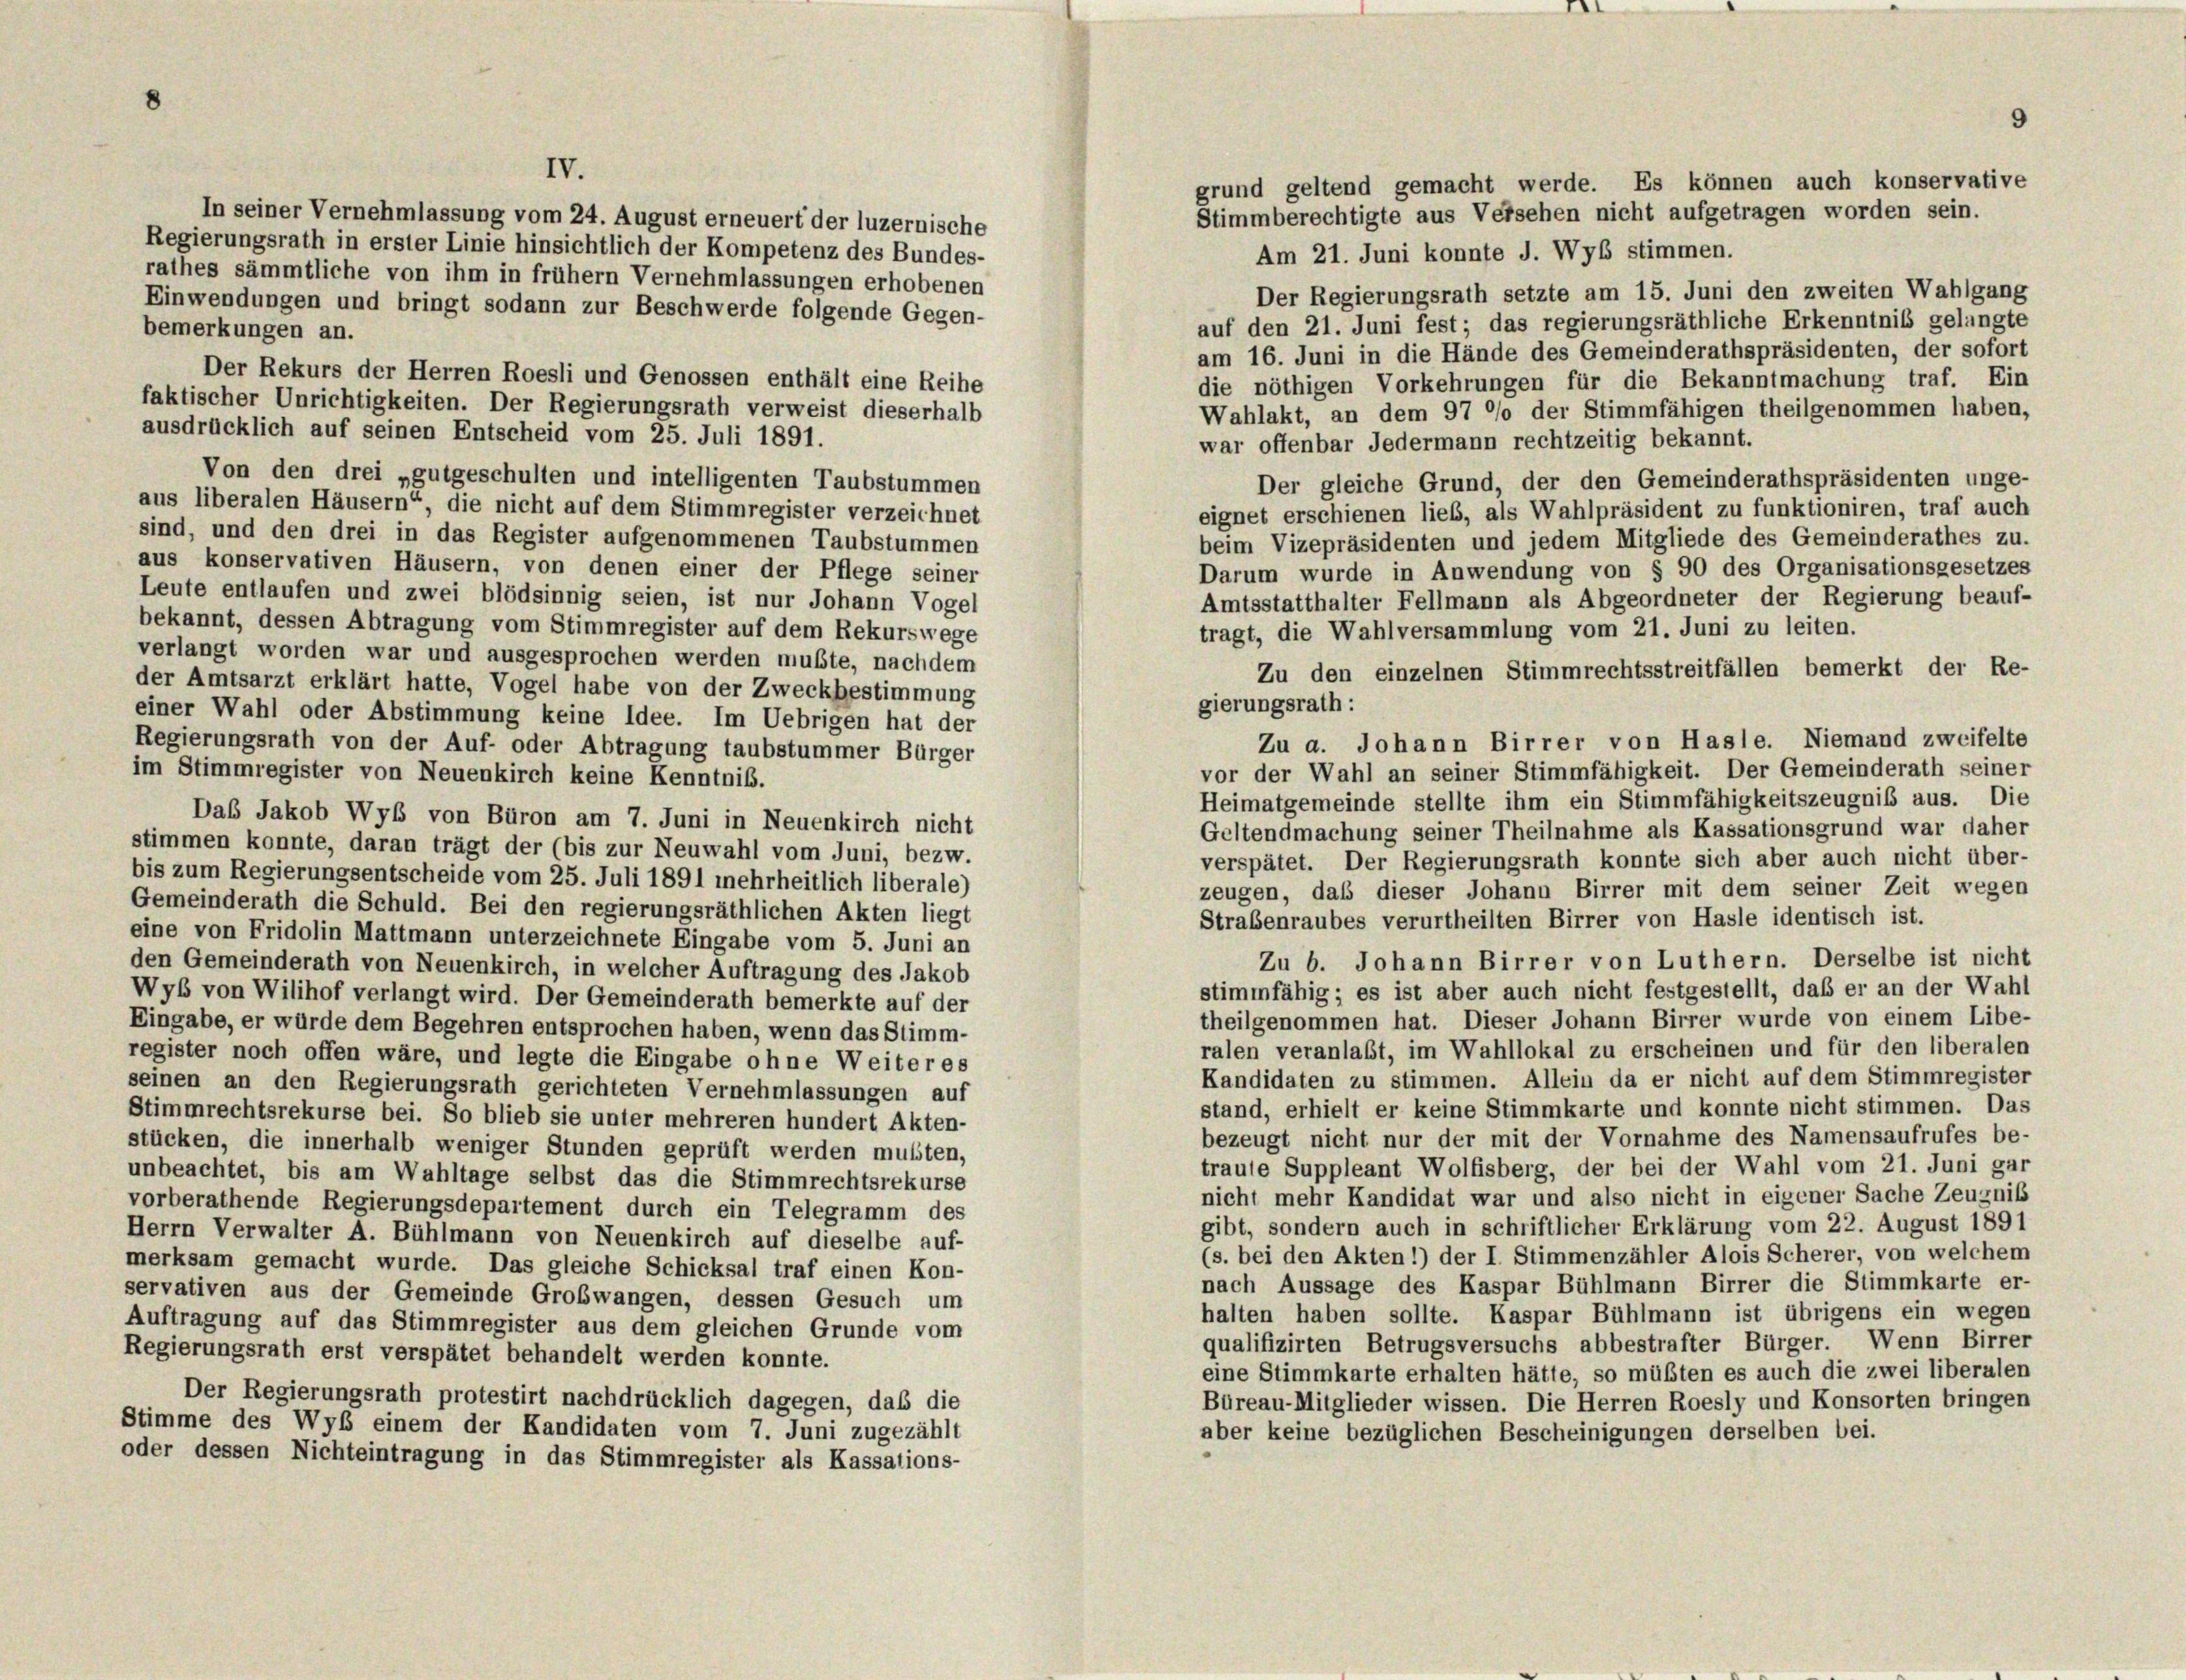
grund geltend gemacht werde. Es können auch konservative
Stimmberechtigte aus Versehen nicht aufgetragen worden sein.
In seiner Vernehmlassung vom 24. August erneuert der luzernische
Regierungsrath in erster Linie hinsichtlich der Kompetenz des Bundes-
Am 21. Juni konnte J. Wyb stimmen.
rathes sämmtliche von ihm in frühem Vernehmlassungen erhobenen
Der Regierungsrath setzte am 15. Juni den zweiten Wahlgang
Einwendungen und bringt sodann zur Beschwerde folgende Gegen-
auf den 21. Juni fest; das regierungsräthliche Erkenntnis gelangte
bemerkungen an.
am 16. Juni in die Hände des Gemeinderathspräsidenten, der sofort
Der Rekurs der Herren Roesli und Genossen enthält eine Reihe
die nöthigen Vorkehrungen für die Bekanntmachung traf. Ein
faktischer Unrichtigkeiten. Der Regierungsrath verweist dieserhalb
Wahlakt, an dem 97 °/o der Stimmfähigen theilgenommen haben,
ausdrücklich auf seinen Entscheid vom 25. Juli 1891.
war offenbar Jedermann rechtzeitig bekannt.
Von den drei „gutgeschulten und intelligenten Taubstummen
Der gleiche Grund, der den Gemeinderathspräsidenten unge-
aus liberalen Häusern“, die nicht auf dem Stimmregister verzeichnet
eignet erschienen lieb, als Wahlpräsident zu funktioniren, traf auch
sind, und den drei in das Register aufgenommenen Taubstummen
beim Vizepräsidenten und jedem Mitgliede des Gemeinderathes zu.
aus konservativen Häusern, von denen einer der Pflege seiner
Darum wurde in Anwendung von § 90 des Organisationsgesetzes
Leute entlaufen und zwei blödsinnig seien, ist nur Johann Vogel
Amtsstatthalter Fellmann als Abgeordneter der Regierung beauf-
bekannt, dessen Abtragung vom Stimmregister auf dem Rekurswege
tragt, die Wahlversammlung vom 21. Juni zu leiten.
verlangt worden war und ausgesprochen werden mußte, nachdem
Zu den einzelnen Stimmrechtsstreitfällen bemerkt der Re-
der Amtsarzt erklärt hatte, Vogel habe von der Zweckbestimmung
gierungsrath:
einer Wahl oder Abstimmung keine Idee. Im Uebrigen hat der
Zu a. Johann Birrer von Hasle. Niemand zweifelte
Regierungsrath von der Auf- oder Abtragung taubstummer Bürger
vor der Wahl an seiner Stimmfähigkeit. Der Gemeinderath seiner
im Stimmregister von Neuenkirch keine Kenntniß.
Heimatgemeinde stellte ihm ein Stimmfähigkeitszeugnis aus. Die
Das Jakob Wyb von Büron am 7. Juni in Neuenkirch nicht
Geltendmachung seiner Theilnahme als Kassationsgrund war daher
stimmen konnte, daran trägt der (bis zur Neuwahl vom Juni, bezw.
verspätet. Der Regierungsrath konnte sich aber auch nicht über-
bis zum Regierungsentscheide vom 25. Juli 1891 mehrheitlich liberale)
zeugen, daß dieser Johann Birrer mit dem seiner Zeit wegen
Gemeinderath die Schuld. Bei den regierungsräthlichen Akten liegt
Strabenraubes verurtheilten Birrer von Hasle identisch ist.
eine von Fridolin Mattmann unterzeichnete Eingabe vom 5. Juni an
Zu b. Johann Birrer von Luthern. Derselbe ist nicht
den Gemeinderath von Neuenkirch, in welcher Auftragung des Jakob
stimmfähig; es ist aber auch nicht festgestellt, daß er an der Wahl
Wyb von Wilihof verlangt wird. Der Gemeinderath bemerkte auf der
theilgenommen hat. Dieser Johann Birrer wurde von einem Libe-
Eingabe, er würde dem Begehren entsprochen haben, wenn das Stimm-
ralen veranlaßt, im Wahllokal zu erscheinen und für den liberalen
register noch offen wäre, und legte die Eingabe ohne Weiteres
Kandidaten zu stimmen. Allein da er nicht auf dem Stimmregister
seinen an den Regierungsrath gerichteten Vernehmlassungen auf
stand, erhielt er keine Stimmkarte und konnte nicht stimmen. Das
Stimmrechtsrekurse bei. So blieb sie unter mehreren hundert Akten-
bezeugt nicht nur der mit der Vornahme des Namensaufrufes be-
stücken, die innerhalb weniger Stunden geprüft werden mußten,
traute Suppleant Wolfisberg, der bei der Wahl vom 21. Juni gar
unbeachtet, bis am Wahltage selbst das die Stimmrechtsrekurse
nicht mehr Kandidat war und also nicht in eigener Sache Zeugnis
vorberathende Regierungsdepartement durch ein Telegramm des
gibt, sondern auch in schriftlicher Erklärung vom 22. August 1891
Herrn Verwalter A. Bühlmann von Neuenkirch auf dieselbe auf-
(s. bei den Akten 1) der I. Stimmenzähler Alois Scherer, von welchem
merksam gemacht wurde. Das gleiche Schicksal traf einen Kon-
nach Aussage des Kaspar Bühlmann Birrer die Stimmkarte er-
servativen aus der Gemeinde Großwangen, dessen Gesuch um
halten haben sollte. Kaspar Bühlmann ist übrigens ein wegen
Auftragung auf das Stimmregister aus dem gleichen Grunde vom
qualifizirten Betrugsversuchs abbestrafter Bürger. Wenn Birrer
Regierungsrath erst verspätet behandelt werden konnte.
eine Stimmkarte erhalten hätte, so müßten es auch die zwei liberalen
Der Regierungsrath protestirt nachdrücklich dagegen, daß die
Büreau-Mitglieder wissen. Die Herren Roesly und Konsorten bringen
Stimme des Wyb einem der Kandidaten vom 7. Juni zugezählt
aber keine bezüglichen Bescheinigungen derselben bei.
oder dessen Nichteintragung in das Stimmregister als Kassations-

IV.

9